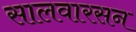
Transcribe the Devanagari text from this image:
सालवारसन